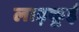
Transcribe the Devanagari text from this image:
लाड़कूई